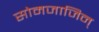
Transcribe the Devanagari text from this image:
सोमजाजिन्